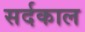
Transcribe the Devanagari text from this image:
सर्दकाल